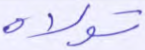
تولاه